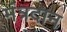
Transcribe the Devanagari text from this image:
मंत्रदान